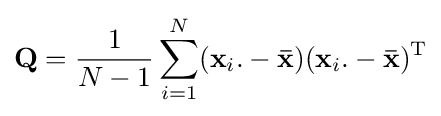
\mathbf {Q} ={1 \over {N-1}}\sum _{i=1}^{N}(\mathbf {x} _{i}.-\mathbf {\bar {x}} )(\mathbf {x} _{i}.-\mathbf {\bar {x}} )^{\mathrm {T} }